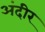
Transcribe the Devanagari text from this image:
अंदीर